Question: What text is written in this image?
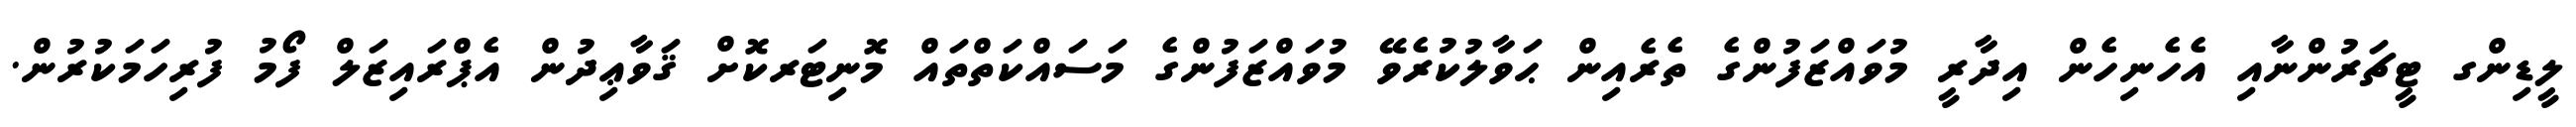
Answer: ލީޑިންގ ޓީޗަރުންނާއި އެހެނިހެން އިދާރީ މުވައްޒަފުންގެ ތެރެއިން ޙަވާލުކުރެވޭ މުވައްޒަފުންގެ މަސައްކަތްތައް މޮނިޓަރކޮށް ޤަވާޢިދުން އެޕްރައިޒަލް ފޯމު ފުރިހަމަކުރުން.